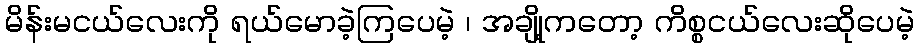
မိန်းမငယ်လေးကို ရယ်မောခဲ့ကြပေမဲ့ ၊ အချို့ကတော့ ကိစ္စငယ်လေးဆိုပေမဲ့